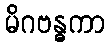
မိဂဗန္ဓကာ